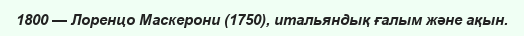
1800 — Лоренцо Маскерони (1750), итальяндық ғалым және ақын.